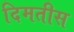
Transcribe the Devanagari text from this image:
दिमतीस